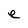
Character: e